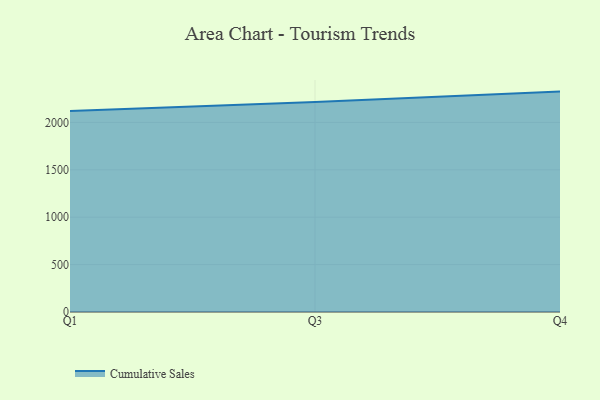
{"axis": {"x": "Quarter", "y": "Bounce Rate (%)"}, "legend": ["Cumulative Sales"], "data": [{"x": "Q1", "y": 2120.8, "type": "Cumulative Sales"}, {"x": "Q3", "y": 2214.6, "type": "Cumulative Sales"}, {"x": "Q4", "y": 2325.0, "type": "Cumulative Sales"}]}